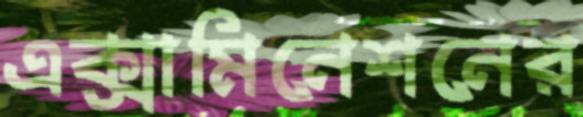
এক্সামিনেশনের